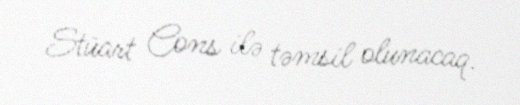
Stüart Cons ilə təmsil olunacaq.